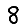
Digit: 8